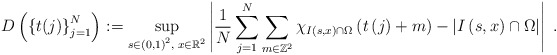
\begin{align*}D\left( \left\{ t(j)\right\} _{j=1}^{N}\right) :=\sup_{s\in\left( 0,1\right) ^{2},\;x\in\mathbb{R}^{2}}\left\vert\frac{1}{N}\sum_{j=1}^{N}\sum_{m\in\mathbb{Z}^{2}}\chi_{I\left( s,x\right)\cap\Omega}\left( t\left( j\right) +m\right) -\left\vert I\left(s,x\right) \cap\Omega\right\vert \right\vert \;. \end{align*}